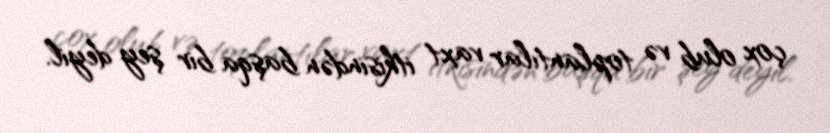
çox olub və toplantılar vaxt itkisindən başqa bir şey deyil.